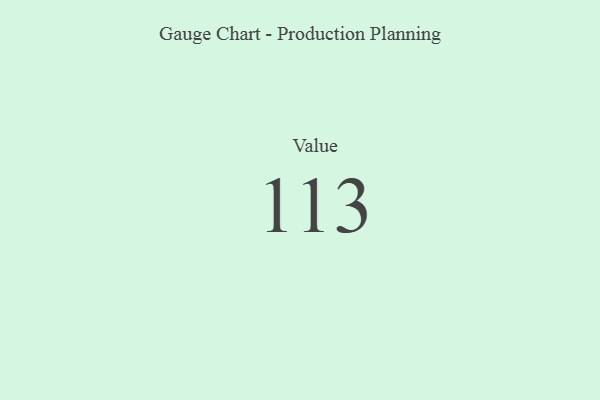
{"axis": {"x": "Metric", "y": "Value"}, "legend": [""], "data": [{"x": "Value", "y": 113, "type": ""}]}